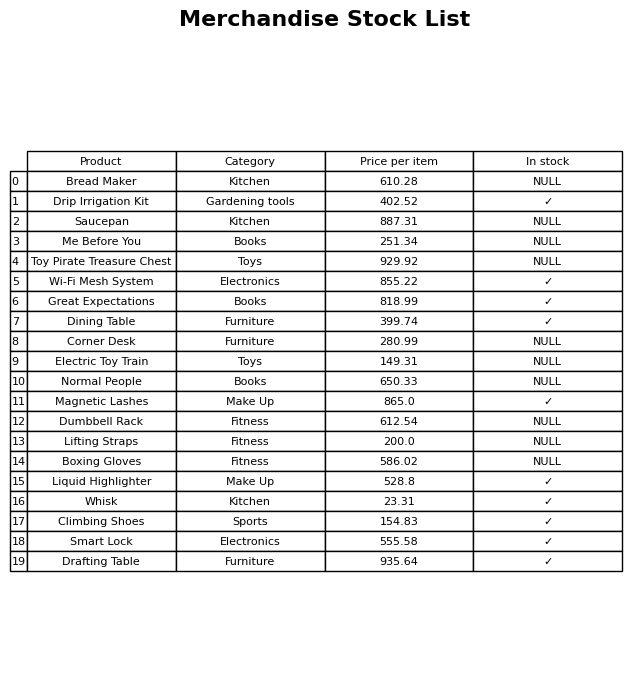
question: What is the price of the Lifting Straps?
answer: The price of Lifting Straps is 200.0.